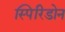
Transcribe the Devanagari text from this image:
स्पिरिडोन